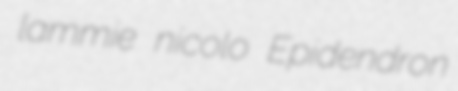
lammie nicolo Epidendron